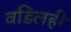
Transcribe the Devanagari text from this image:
वडिलही